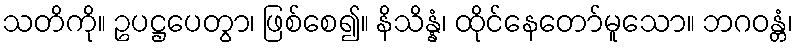
သတိကို။ ဥပဋ္ဌပေတွာ၊ ဖြစ်စေ၍။ နိသိန္နံ၊ ထိုင်နေတော်မူသော။ ဘဂဝန္တံ၊